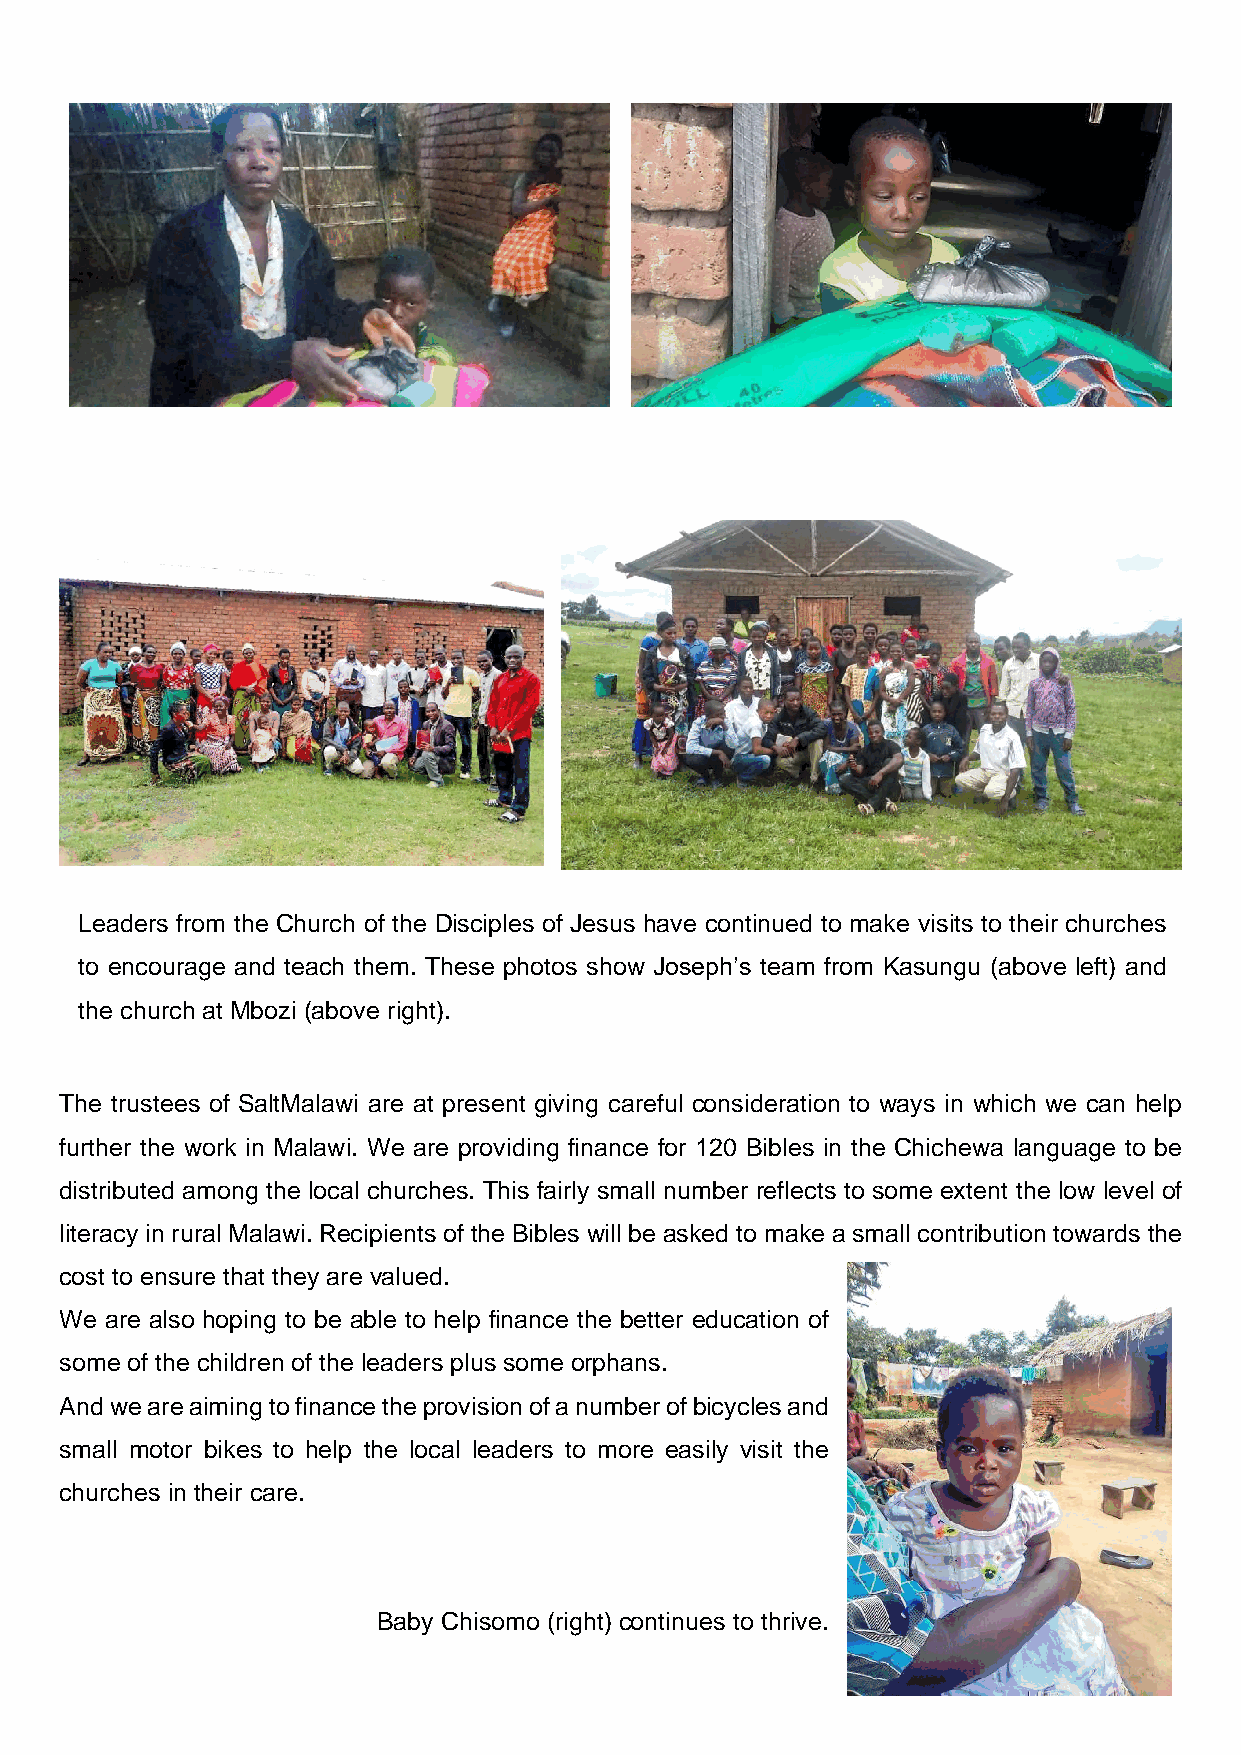
Leaders from the Church of the Disciples of Jesus have continued to make visits to their churches
 to encourage and teach them. These photos show Joseph’s team from Kasungu (above left) and
 the church at Mbozi (above right).
 The trustees of SaltMalawi are at present giving careful consideration to ways in which we can help
 further the work in Malawi. We are providing finance for 120 Bibles in the Chichewa language to be
 distributed among the local churches. This fairly small number reflects to some extent the low level of
 literacy in rural Malawi. Recipients of the Bibles will be asked to make a small contribution towards the
 cost to ensure that they are valued.
 We are also hoping to be able to help finance the better education of
 some of the children of the leaders plus some orphans.
 And we are aiming to finance the provision of a number of bicycles and
 small motor bikes to help the local leaders to more easily visit the
 churches in their care.
 Baby Chisomo (right) continues to thrive.